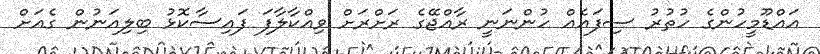
އައްޑޫމީހުންގެ ހުތުރު ސިފައެއް ހުންނަނީ ރާއްޖޭގެ ރަށްރަށް ވިއްކާލާފަ ފައިސާކޮޅު ބިލިއަނުން ގެއަށް